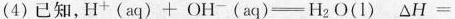
（4）已知，H^{+}(aq)+OH^{-}(aq)= H_{2}O(I) \triangle H=